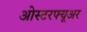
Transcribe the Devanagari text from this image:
ओस्टरफ्यूअर